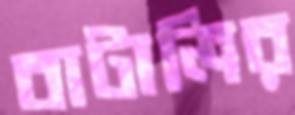
বাটালির